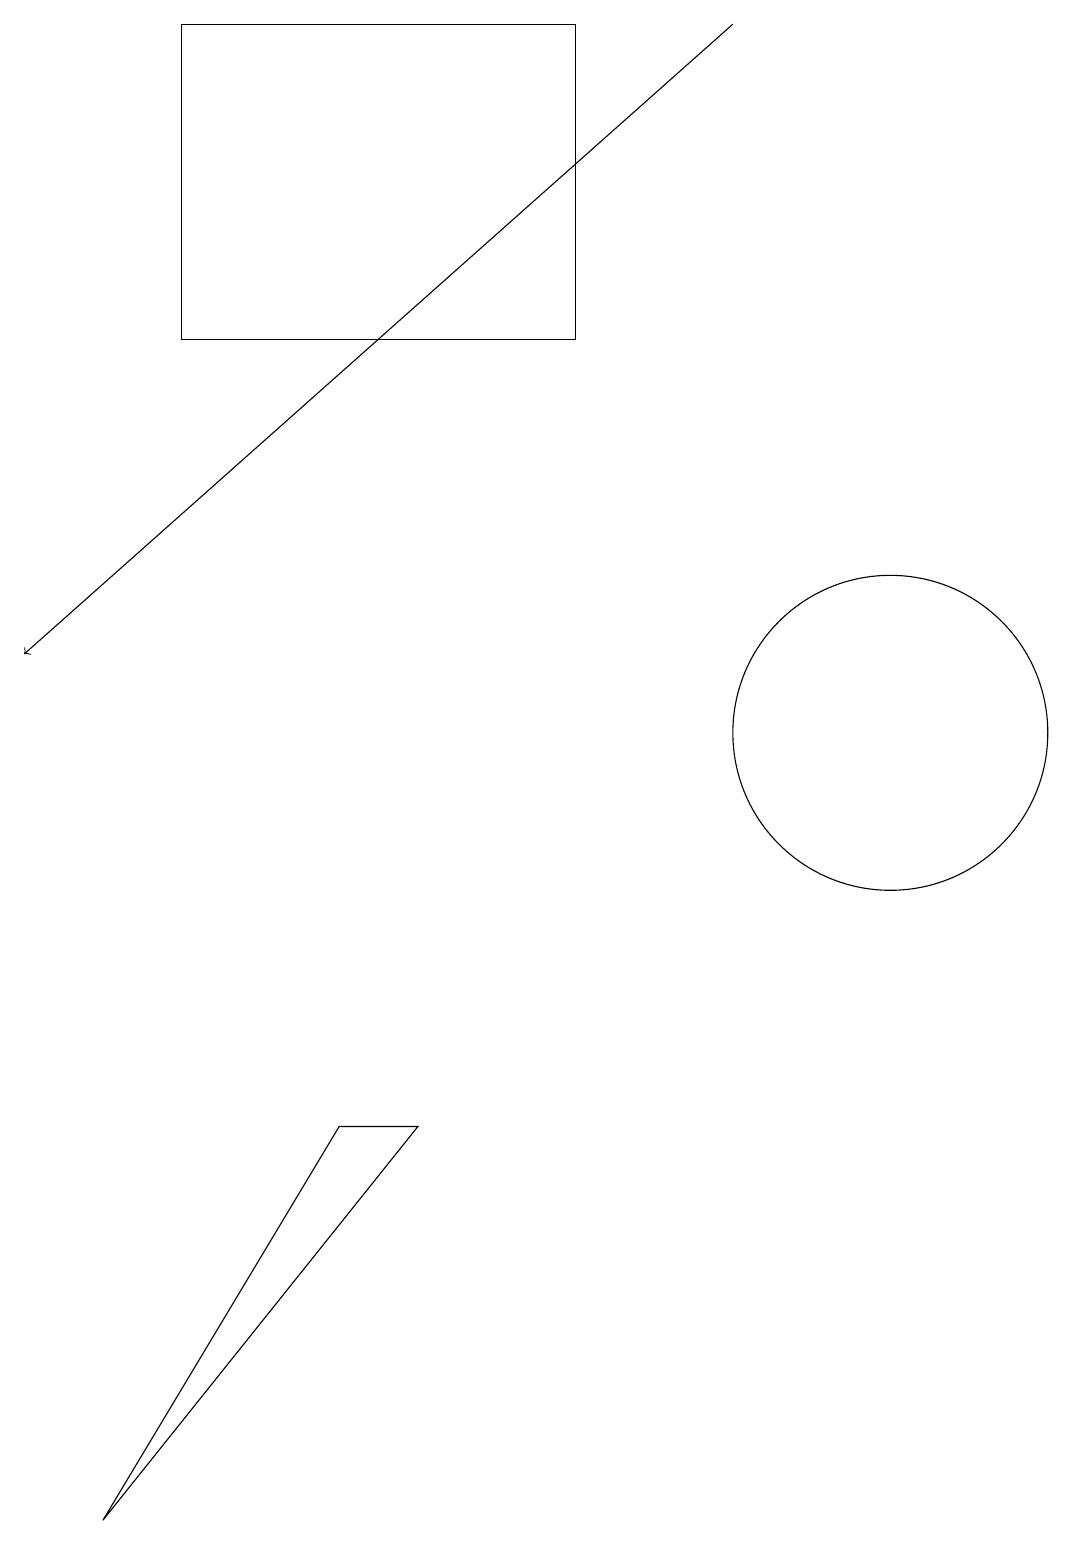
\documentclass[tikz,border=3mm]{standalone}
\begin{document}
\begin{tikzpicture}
\draw (7,15) rectangle (2,19);
\draw (11,10) circle (2);
\draw[->] (9,19) -- (0,11);
\draw (5,5) -- (1,0) -- (4,5) -- cycle;
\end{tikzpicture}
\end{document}